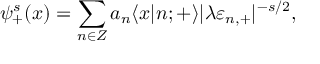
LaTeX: \psi _ { + } ^ { s } ( x ) = \sum _ { n \in \cal Z } a _ { n } \langle x | n ; { + } \rangle | \lambda \varepsilon _ { n , + } | ^ { - s / 2 } ,